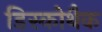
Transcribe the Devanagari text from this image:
डिस्कोथैक